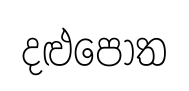
දළුපොත